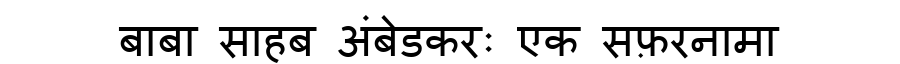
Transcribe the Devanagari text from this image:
बाबा साहब अंबेडकरः एक सफ़रनामा